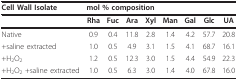
<table><thead><tr><td><b>Cell Wall Isolate</b></td><td colspan="8"><b>mol % composition</b></td></tr></thead><tbody><tr><td>[EMPTY_CELL]</td><td><b>Rha</b></td><td><b>Fuc</b></td><td><b>Ara</b></td><td><b>Xyl</b></td><td><b>Man</b></td><td><b>Gal</b></td><td><b>Glc</b></td><td><b>UA</b></td></tr><tr><td>Native</td><td>0.9</td><td>0.4</td><td>11.8</td><td>2.8</td><td>1.4</td><td>4.2</td><td>57.7</td><td>20.8</td></tr><tr><td>+saline extracted</td><td>1.0</td><td>0.5</td><td>4.9</td><td>3.1</td><td>1.5</td><td>4.1</td><td>68.7</td><td>16.1</td></tr><tr><td>+H<sub>2</sub>O<sub>2</sub></td><td>1.2</td><td>0.5</td><td>12.3</td><td>3.0</td><td>1.5</td><td>4.4</td><td>54.9</td><td>22.3</td></tr><tr><td>+H<sub>2</sub>O<sub>2 </sub>+saline extracted</td><td>1.0</td><td>0.5</td><td>6.3</td><td>3.0</td><td>1.4</td><td>4.0</td><td>67.8</td><td>16.0</td></tr></tbody></table>